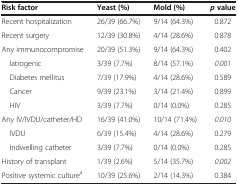
<table><thead><tr><td><b>Risk factor</b></td><td><b>Yeast (%)</b></td><td><b>Mold (%)</b></td><td><b><i>p </i>value</b></td></tr></thead><tbody><tr><td>Recent hospitalization</td><td>26/39 (66.7%)</td><td>9/14 (64.3%)</td><td>0.872</td></tr><tr><td>Recent surgery</td><td>12/39 (30.8%)</td><td>4/14 (28.6%)</td><td>0.878</td></tr><tr><td>Any immunocompromise</td><td>20/39 (51.3%)</td><td>9/14 (64.3%)</td><td>0.402</td></tr><tr><td> Iatrogenic</td><td>3/39 (7.7%)</td><td>8/14 (57.1%)</td><td><i>0</i>.<i>001</i></td></tr><tr><td> Diabetes mellitus</td><td>7/39 (17.9%)</td><td>4/14 (28.6%)</td><td>0.589</td></tr><tr><td> Cancer</td><td>9/39 (23.1%)</td><td>3/14 (21.4%)</td><td>0.899</td></tr><tr><td> HIV</td><td>3/39 (7.7%)</td><td>0/14 (0.0%)</td><td>0.285</td></tr><tr><td>Any IV/IVDU/catheter/HD</td><td>16/39 (41.0%)</td><td>10/14 (71.4%)</td><td><i>0</i>.<i>010</i></td></tr><tr><td> IVDU</td><td>6/39 (15.4%)</td><td>4/14 (28.6%)</td><td>0.279</td></tr><tr><td> Indwelling catheter</td><td>3/39 (7.7%)</td><td>0/14 (0.0%)</td><td>0.285</td></tr><tr><td>History of transplant</td><td>1/39 (2.6%)</td><td>5/14 (35.7%)</td><td><i>0</i>.<i>002</i></td></tr><tr><td>Positive systemic culture<sup>a</sup></td><td>10/39 (25.6%)</td><td>2/14 (14.3%)</td><td>0.384</td></tr></tbody></table>